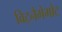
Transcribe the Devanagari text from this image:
विट्नैगेमोट